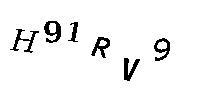
H91RV9